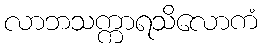
လာဘသက္ကာရသိလောကံ